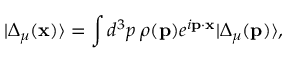
| \Delta _ { \mu } ( { \bf x } ) \rangle = \int d ^ { 3 } p \; \rho ( { \bf p } ) e ^ { i { \bf p \cdot x } } | \Delta _ { \mu } ( { \bf p } ) \rangle ,